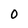
Character: 0